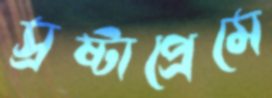
স্রষ্টাপ্রেমে